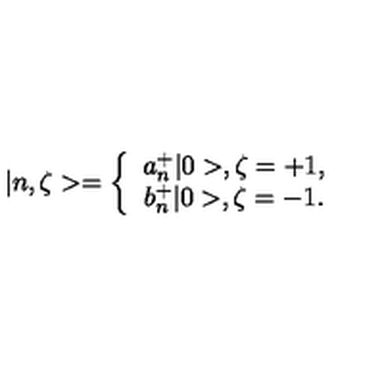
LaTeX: | n , \zeta > = \left\{ \begin{array} { c } { a _ { n } ^ { + } | 0 > , \zeta = + 1 , } \\ { b _ { n } ^ { + } | 0 > , \zeta = - 1 . } \\ \end{array} \right.